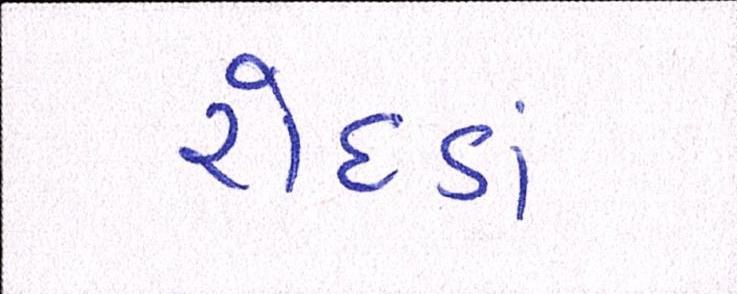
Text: રોદડાં